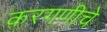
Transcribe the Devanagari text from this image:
करगणीचे